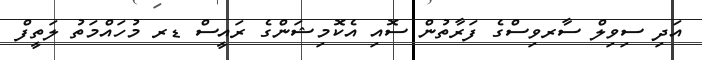
އަދި ސިވިލް ސާރވިސްގެ ފަރާތުން ސޮއި އެކޮމިޝަންގެ ރައީސް ޑރ މުހައްމަތު ލަތީފް